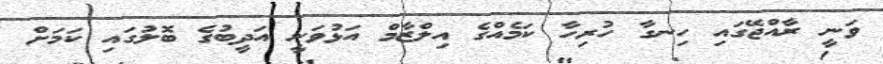
ވަނީ ރާއްޖޭގައި ހިނގާ ހުރިހާ ކަމެއްގެ އިލްޒާމް އަޅުވަނީ އަދީބުގެ ބޮލުގައި ކަމަށް